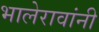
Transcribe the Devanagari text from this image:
भालेरावांनी